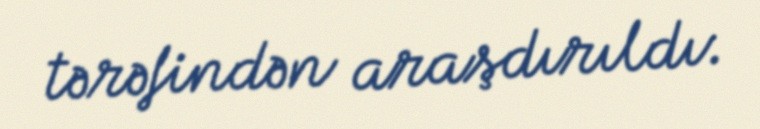
tərəfindən araşdırıldı.